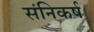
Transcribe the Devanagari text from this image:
संनिकर्ष